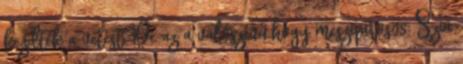
kezdték a vetést. De az a valószínű,hogy meszipiros08: Szia